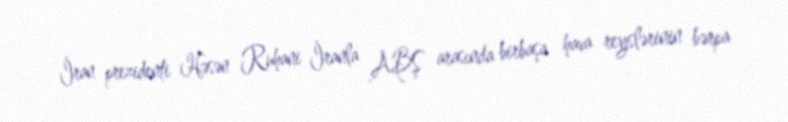
İran prezidenti Həsən Ruhani İranla ABŞ arasında birbaşa hava reyslərinin bərpa